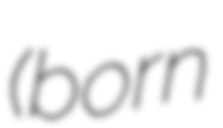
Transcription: (born